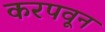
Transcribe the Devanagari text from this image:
करपवून